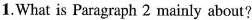
1.What is Paragraph 2 mainly about?